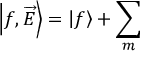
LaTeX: \left| f , \overrightarrow { E } \right\rangle = \left| f \right\rangle + \sum _ { m }